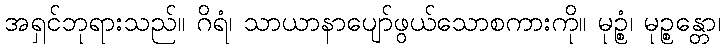
အရှင်ဘုရားသည်။ ဂိရံ၊ သာယာနာပျော်ဖွယ်သောစကားကို။ မုဉ္စံ၊ မုဉ္စန္တော၊